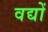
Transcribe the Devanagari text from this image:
वद्यों